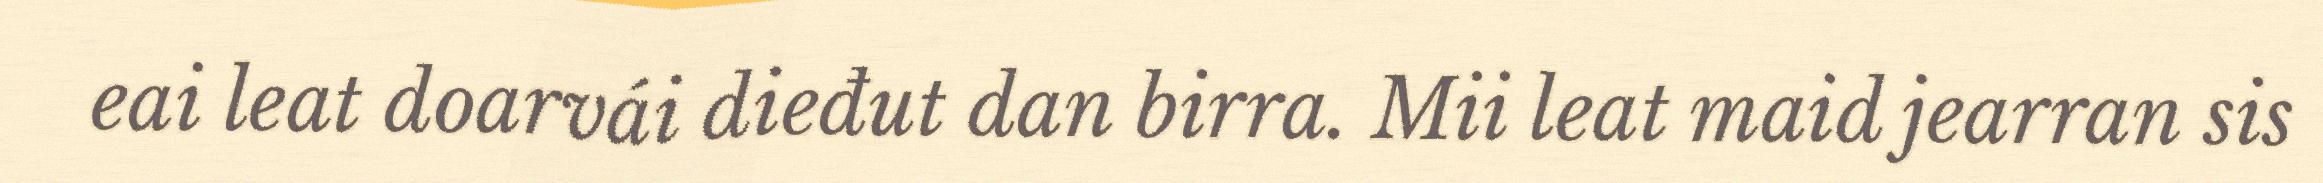
eai leat doarvái dieđut dan birra. Mii leat maid jearran sis